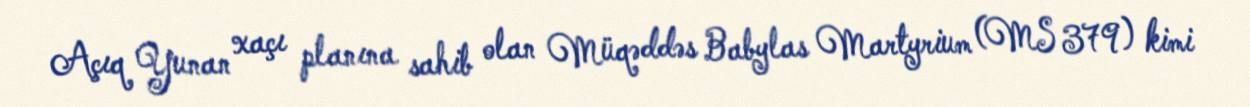
Açıq Yunan xaçı planına sahib olan Müqəddəs Babylas Martyrium (MS 379) kimi